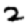
Digit: 2